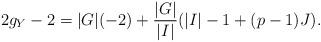
LaTeX: \begin{align*} 2g_Y-2=|G|(-2) + \frac{|G|}{|I|}(|I|-1 + (p-1) J).\end{align*}